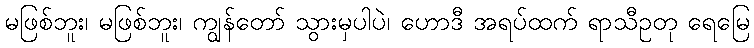
မဖြစ်ဘူး၊ မဖြစ်ဘူး၊ ကျွန်တော် သွားမှပါပဲ၊ ဟောဒီ အရပ်ထက် ရာသီဥတု ရေမြေ